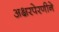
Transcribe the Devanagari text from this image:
अक्षरपेरणीने